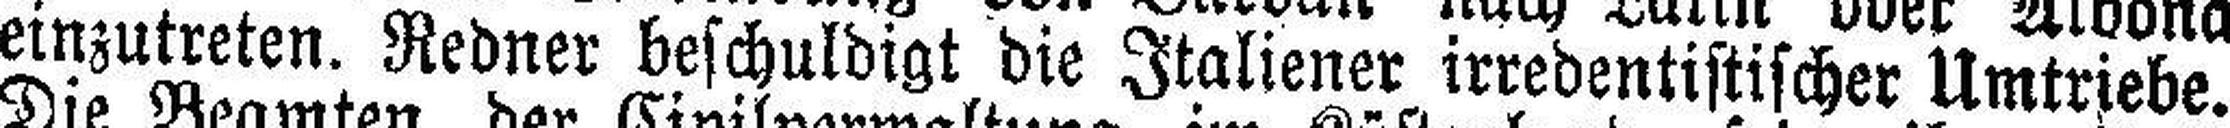
einzutreten. Redner beschuldigt die Italiener irredentistischer Umtriebe.